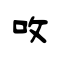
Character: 呚